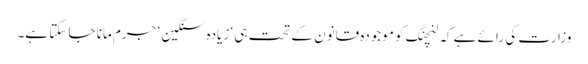
وزارت کی رائے ہے کہ لنچنگ کو موجودہ قانون کے تحت ہی ‘ زیادہ سنگین ‘ جرم مانا جا سکتا ہے۔